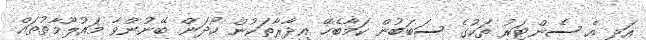
އަދި އެ ސެންޓަރު ތަކުގެ ސަބަބުން ކަމާބެހޭ އިދާރާތަކުން ހޯދަން ބޭނުންވާ މައުލޫމާތުތައް